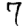
Digit: 7